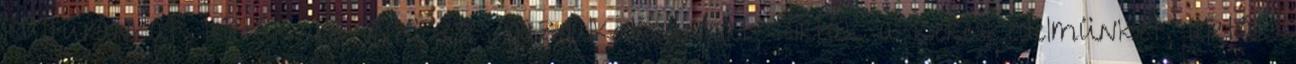
kultúránkat, leírták az öntözéses gazdálkodásunkat, leírták a kereskedelmünket, leírták